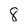
Character: 8